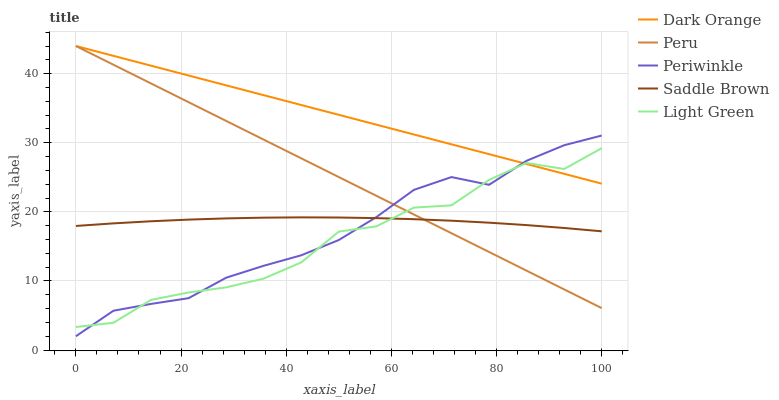
| xaxis_label | Dark Orange | Peru | Periwinkle | Saddle Brown | Light Green |
 | --- | --- | --- | --- | --- | --- |
 | 0 | 44 | 44 | 2 | 18 | 3.34 |
 | 7.14 | 42.6 | 41.3 | 5.69 | 18.3 | 3.95 |
 | 14.3 | 41.2 | 38.6 | 6.68 | 18.6 | 7.26 |
 | 21.4 | 39.7 | 35.9 | 7.51 | 18.9 | 8.33 |
 | 28.6 | 38.3 | 33.2 | 10.5 | 19.1 | 9.08 |
 | 35.7 | 36.9 | 30.5 | 12.2 | 19.2 | 10.3 |
 | 42.9 | 35.5 | 27.7 | 13.7 | 19.2 | 12.7 |
 | 50 | 34 | 25 | 15.9 | 19.2 | 17.1 |
 | 57.1 | 32.6 | 22.3 | 19.2 | 19.1 | 17.9 |
 | 64.3 | 31.2 | 19.6 | 23.2 | 18.9 | 20.6 |
 | 71.4 | 29.8 | 16.9 | 25 | 18.7 | 20.9 |
 | 78.6 | 28.4 | 14.2 | 23.9 | 18.4 | 24.6 |
 | 85.7 | 26.9 | 11.5 | 27.4 | 18.1 | 27.1 |
 | 92.9 | 25.5 | 8.78 | 29.6 | 17.7 | 26.2 |
 | 100 | 24.1 | 6.07 | 31 | 17.2 | 29.2 |